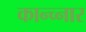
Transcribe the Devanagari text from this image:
कान्च्नार